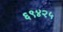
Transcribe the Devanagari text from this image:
६९४२५